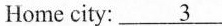
Home city: \underline{3}